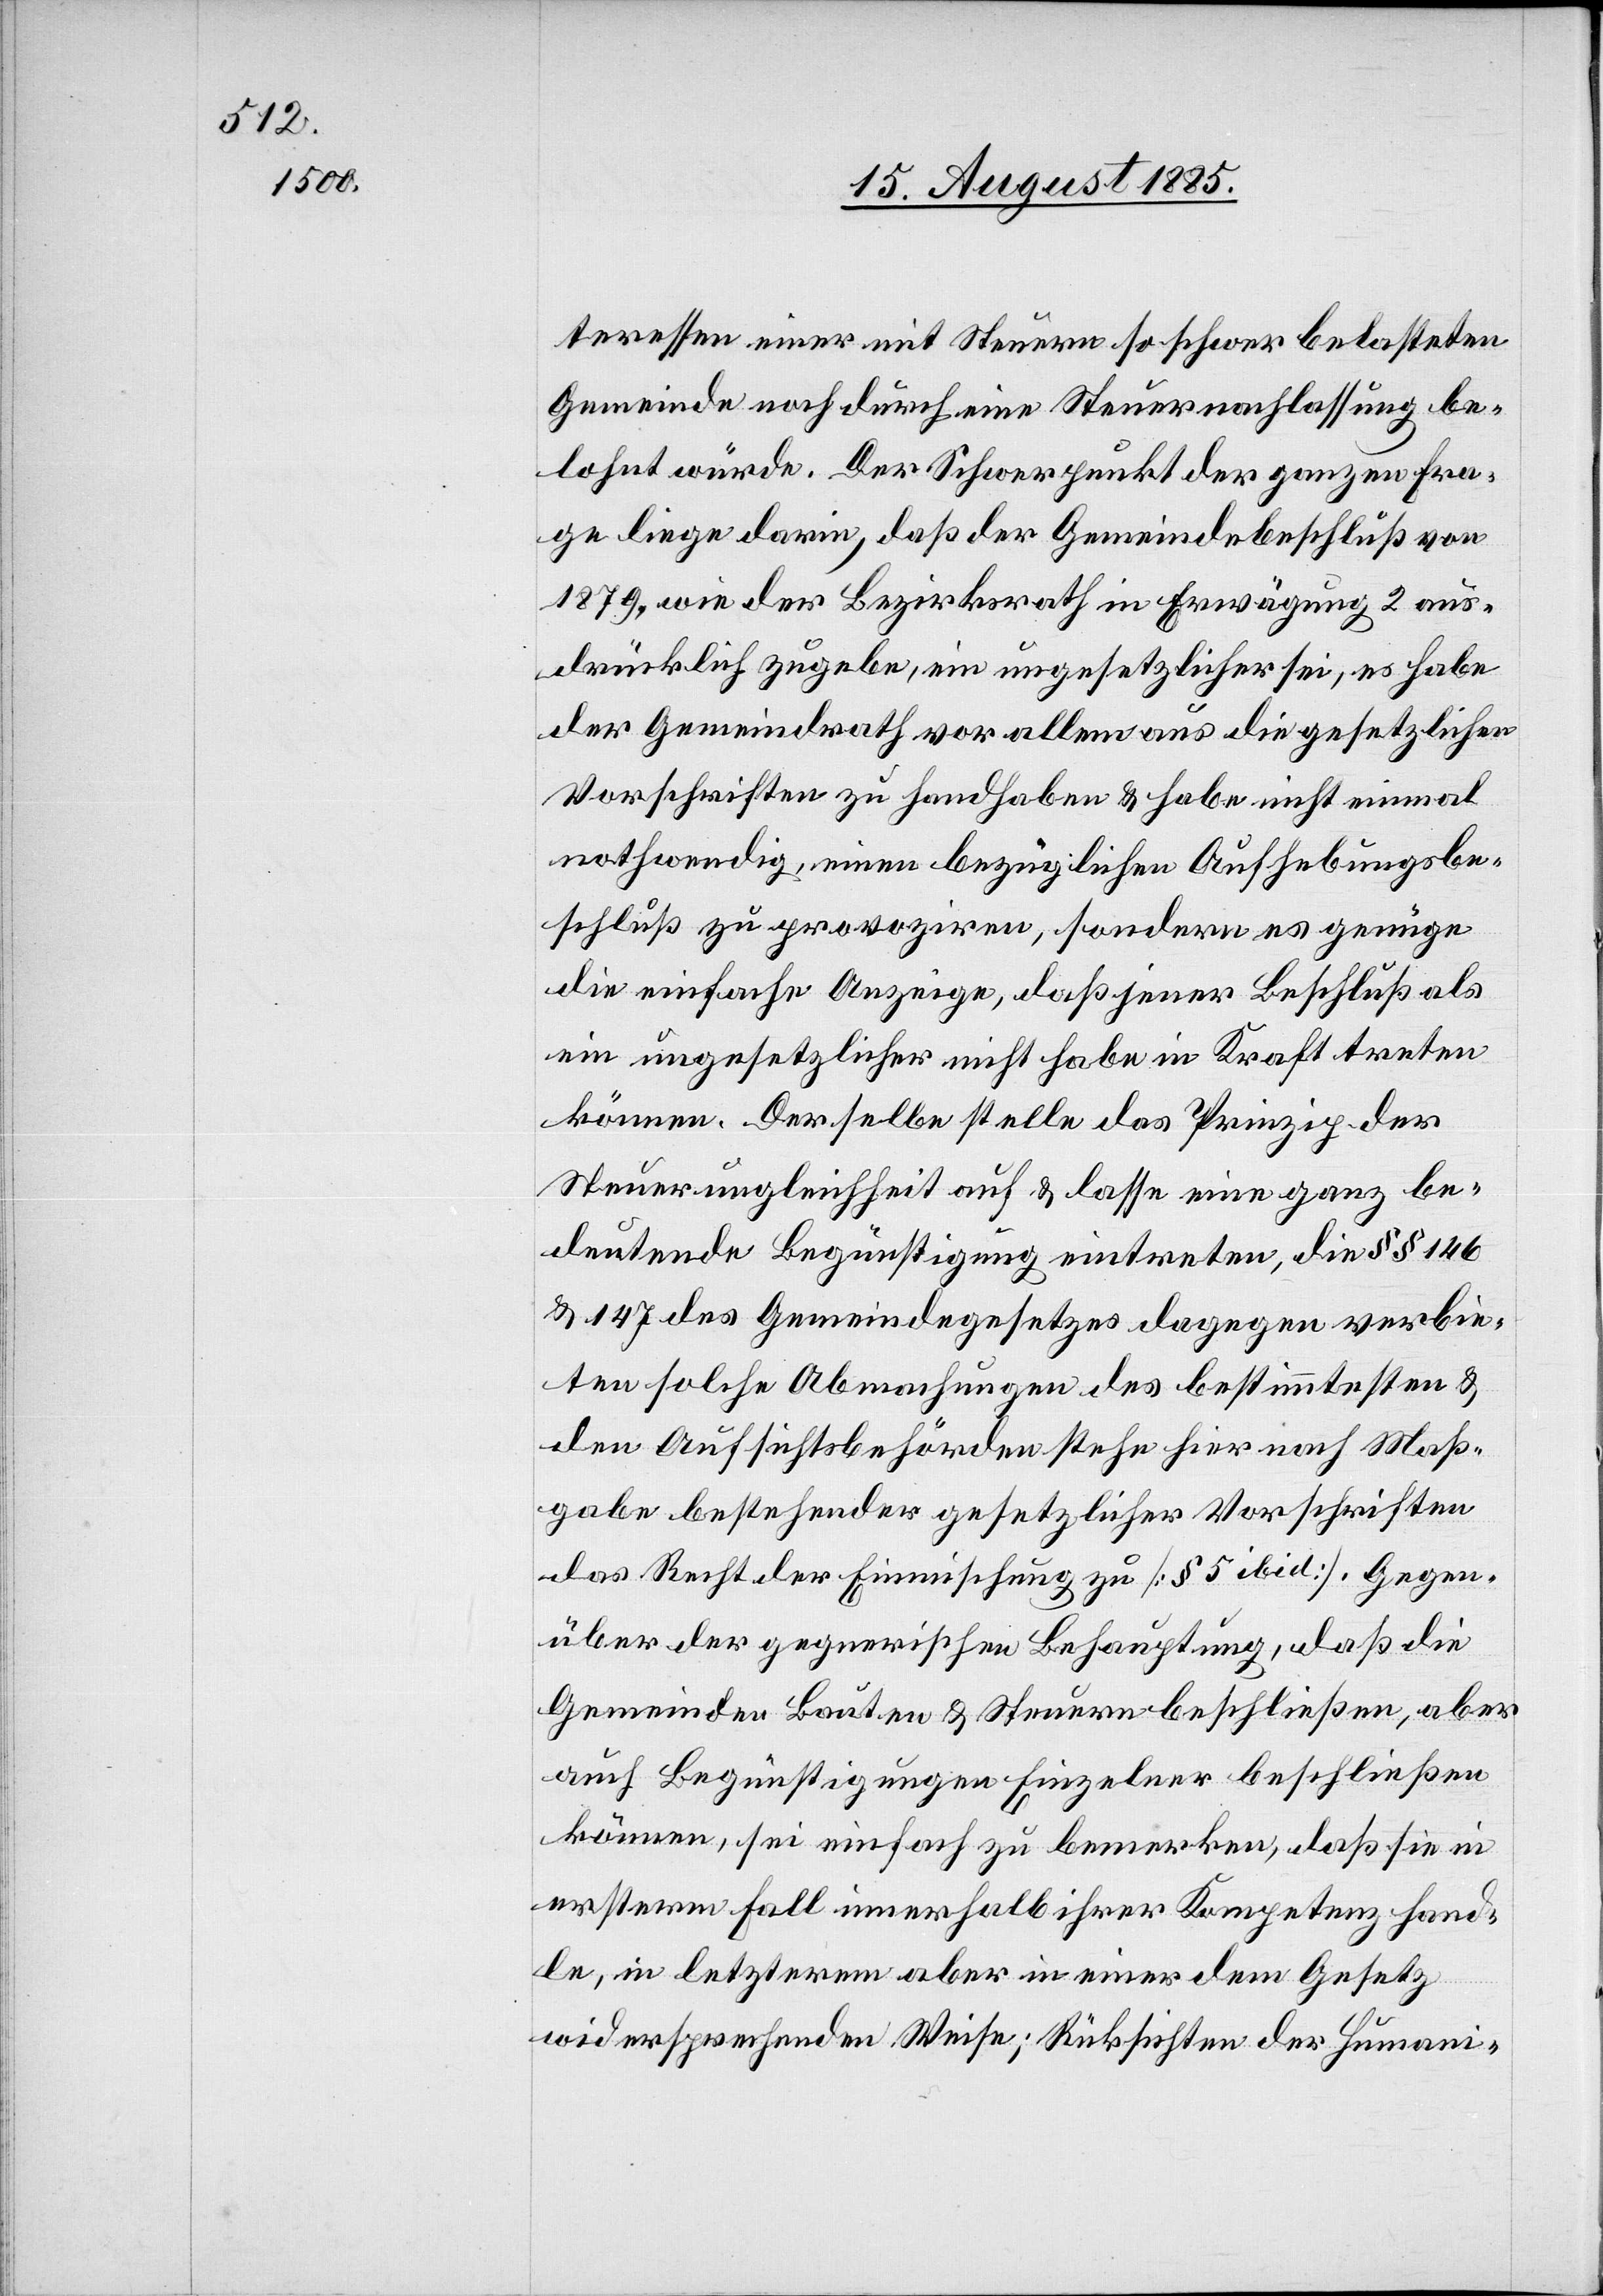
teressen einer mit Steuern so schwer belasteten
Gemeinde noch durch eine Steuernachlassung be¬
lohnt würde. Der Schwerpunkt der ganzen Fra¬
ge liege darin, daß der Gemeindebeschluß von
1879, wie der Bezirksrath in Erwägung 2 aus¬
drücklich zugebe, ein ungesetzlicher sei, es habe
der Gemeindrath vor allem aus die gesetzlichen
Vorschriften zu handhaben & habe nicht einmal
nothwendig, einen bezüglichen Aufhebungsbe¬
schluß zu provoziren, sondern es genüge
die einfache Anzeige, daß jener Beschluß als
ein ungesetzlicher nicht habe in Kraft treten
können. Derselbe stelle das Prinzip der
Steuerungleichheit auf & lasse eine ganz be¬
deutende Begünstigung eintreten, die §§ 146
& 147 des Gemeindegesetzes dagegen verbie¬
ten solche Abmachungen des bestimmtesten &
den Aufsichtsbehörden stehe hier nach Maß¬
gabe bestehender gesetzlicher Vorschriften
das Recht der Einmischung zu [§ 5 ibid]. Gegen¬
über der gegnerischen Behauptung, daß die
Gemeinden Bauten & Steuern beschließen, aber
auch Begünstigungen Einzelner beschließen
können, sei einfach zu bemerken, daß sie in
ersterem Fall innerhalb ihrer Kompetenz hand¬
le, in letzterem aber in einer dem Gesetz
widersprechenden Weise; Rücksichten der Humani-